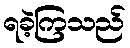
ရခဲ့ကြသည်